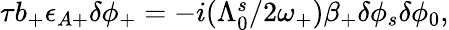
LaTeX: \begin{array}{r}{\tau b_{+}\epsilon_{A+}\delta\phi_{+}=-i(\Lambda_{0}^{s}/2\omega_{+})\beta_{+}\delta\phi_{s}\delta\phi_{0},}\end{array}